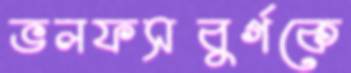
ভলফসবুর্গকে